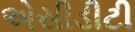
એસીડીટી